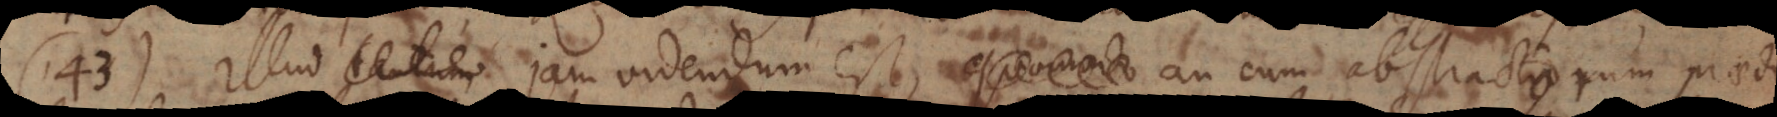
143) Illud jam videndum est, quomodo an cum abstractorum praedi